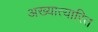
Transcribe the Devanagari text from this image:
अख्यात्यारित